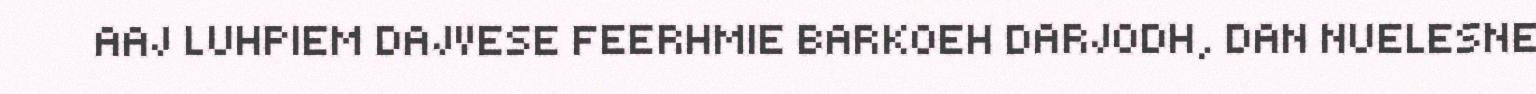
AAJ LUHPIEM DAJVESE FEERHMIE BARKOEH DARJODH, DAN NUELESNE